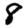
Digit: 8